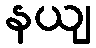
နယျ